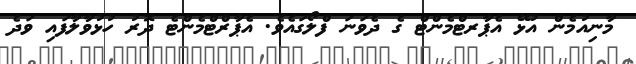
މާނިއުމެން އުޅޭ އެޕާރޓްމެންޓް ގެ ދެވަނަ ފްލޯގައެވެ. އެޕާރްޓްމެންޓެ ދޮރު ހުޅުވާލާފައި ވަދެ